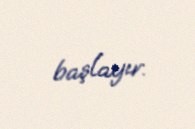
başlayır.